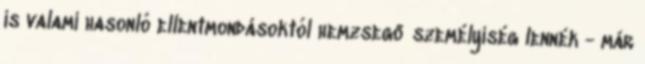
is valami hasonló ellentmondásoktól hemzsegő személyiség lennék - már